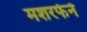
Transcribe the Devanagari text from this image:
मशरफेने